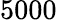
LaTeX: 5000